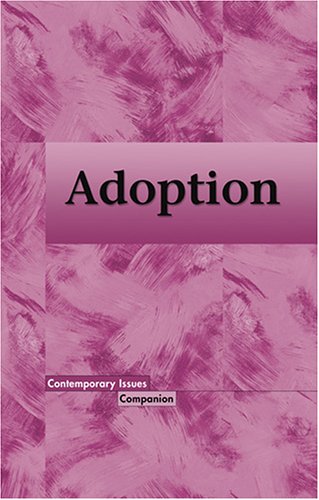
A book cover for Adoption (Contemporary Issues Companion); Allan Verbrugge; Teen & Young Adult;